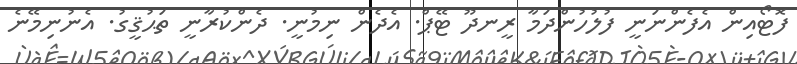
ފޮޓޯއިން އެފެންނަނީ ފުލުހުންދަމާ ރީނދޫ ޓޭޕް. އެދެން ނިމުނީ. ދެންކުރާނީ ތަޙުޤީގު. އެނުނިމޭނެ